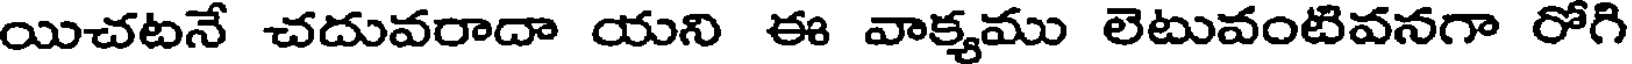
యిచటనే చదువరాదా యని ఈ వాక్యము లెటువంటివనగా రోగి